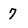
Character: 7